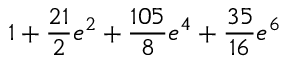
1 + \frac { 2 1 } { 2 } e ^ { 2 } + \frac { 1 0 5 } { 8 } e ^ { 4 } + \frac { 3 5 } { 1 6 } e ^ { 6 }